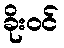
ခိုးဝင်